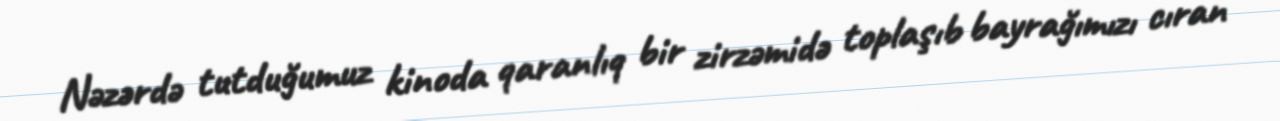
Nəzərdə tutduğumuz kinoda qaranlıq bir zirzəmidə toplaşıb bayrağımızı cıran